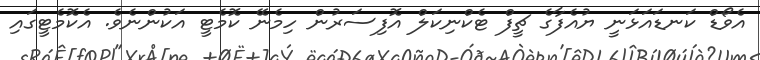
އެވޯޑް ކަނޑައަޅަނީ ޔުއެފާގެ ޗީފް ޓެކްނިކަލް އޮފިސަރުން ހިމެނޭ ކޮމެޓީ އަކުންނެވެ. އެކޮމެޓީގައި